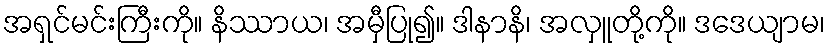
အရှင်မင်းကြီးကို။ နိဿာယ၊ အမှီပြု၍။ ဒါနာနိ၊ အလှူတို့ကို။ ဒဒေယျာမ၊